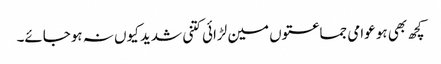
کچھ بھی ہو عوامی جماعتوں مین لڑائی کتنی شدید کیوں نہ ہوجائے۔